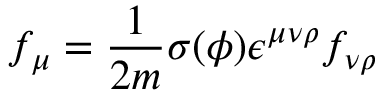
f _ { \mu } = \frac { 1 } { 2 m } \sigma ( \phi ) \epsilon ^ { \mu \nu \rho } f _ { \nu \rho }